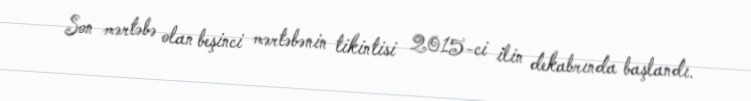
Son mərtəbə olan beşinci mərtəbənin tikintisi 2015-ci ilin dekabrında başlandı.